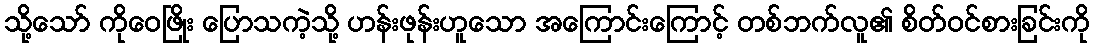
သို့သော် ကိုဝေဖြိုး ပြောသကဲ့သို့ ဟန်းဖုန်းဟူသော အကြောင်းကြောင့် တစ်ဘက်လူ၏ စိတ်ဝင်စားခြင်းကို